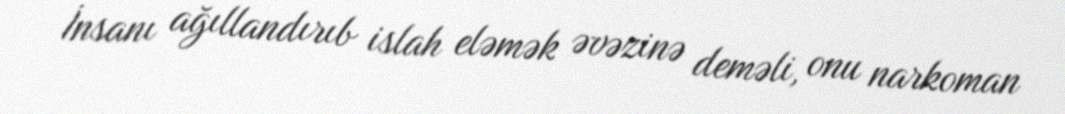
İnsanı ağıllandırıb islah eləmək əvəzinə deməli, onu narkoman